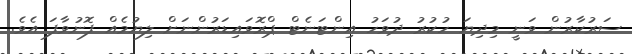
ސަރުކާރުން ވަނީ މިދިޔަ ހުކުރު ދުވަހު އިންޓަނެޓް ޕްރޮވައިޑަރުންނަށް ލިޔުމެއް ފޮނުވާފަ އެވެ.